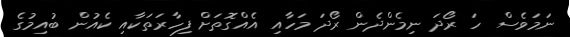
ނަމަވެސް ހަ ރޯދަ ނިމެންދެން ރޯދަ މަހާއި އެއްގޮތަށް ފިހާރަތަކާއި ކެއުން ބުއިމުގެ